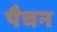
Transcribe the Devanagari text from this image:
पैचन